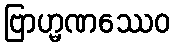
ဗြာဟ္မဏဿေဝ